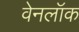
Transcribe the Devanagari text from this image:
वेनलॉक